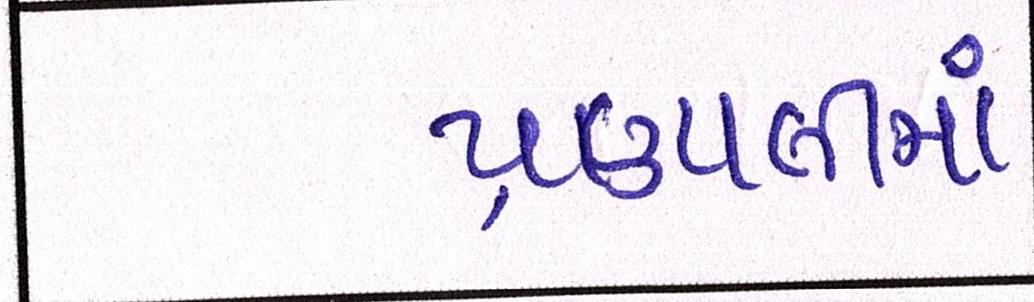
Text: પ્રણાલીમાં